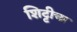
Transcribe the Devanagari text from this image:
शिट्टीचा